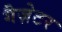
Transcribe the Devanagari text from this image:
गैज़ेटर